Calcutta medical institutions reports 1879-81 [i.e.91]
Year: 1879
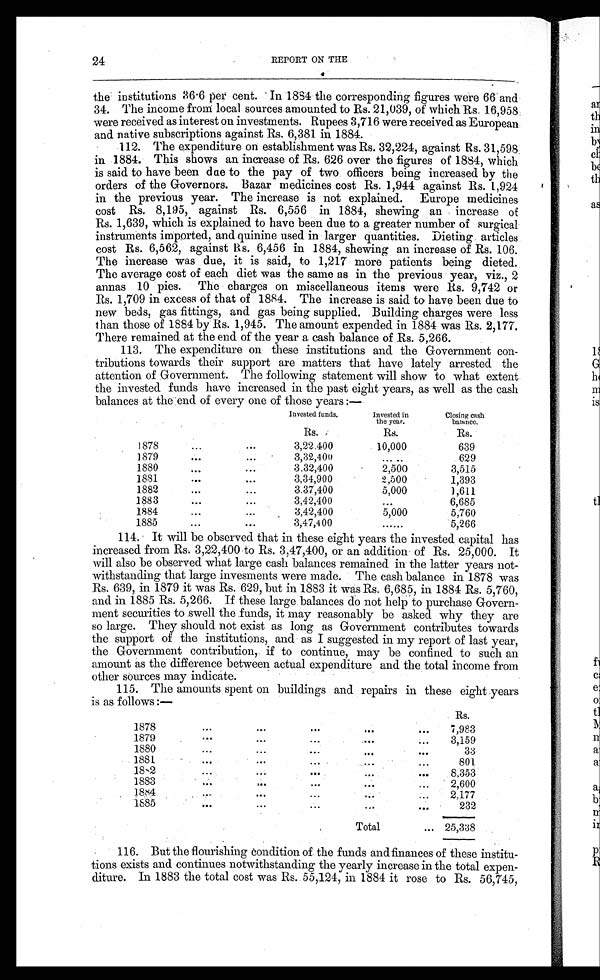
24
REPORT ON THE
the institutions 36 . 6 per cent. In 1884 the corresponding figures were 66 and
34. The income from local sources amounted to Rs. 21,039, of which Rs. 16,958
were received as interest on investments. Rupees 3,716 were received as European
and native subscriptions against Rs. 6,381 in 1884.
112. The expenditure on establishment was Rs. 32,224, against Rs. 31,598
in 1884. This shows an increase of Rs. 626 over the figures of 1884, which
is said to have been due to the pay of two officers being increased by the
orders of the Governors. Bazar medicines cost Rs. 1,944 against Rs. 1,924
in the previous year. The increase is not explained. Europe medicines
cost Rs. 8,195, against Rs. 6,556 in 1884, shewing an increase of
Rs. 1,639, which is explained to have been due to a greater number of surgical
instruments imported, and quinine used in larger quantities. Dieting articles
cost Rs. 6,562, against Rs. 6,456 in 1884, shewing an increase of Rs. 106.
The increase was due, it is said, to 1,217 more patients being dieted.
The average cost of each diet was the same as in the previous year, viz., 2
annas 10 pies. The charges on miscellaneous items were Rs. 9,742 or
Rs. 1,709 in excess of that of 1884. The increase is said to have been due to
new beds, gas fittings, and gas being supplied. Building charges were less
than those of 1884 by Rs. 1,945. The amount expended in 1884 was Rs. 2,177.
There remained at the end of the year a cash balance of Rs. 5,266.
113. The expenditure on these institutions and the Government con-
tributions towards their support are matters that have lately arrested the
attention of Government. The following statement will show to what extent
the invested funds have increased in the past eight years, as well as the cash
balances at the end of every one of those years:—
Invested funds.
Invested in
the year.
Closing cash
balance.
Rs.
Rs.
Rs.
1878 ... ...
3,22.400
10,000
639
1879 ... ...
3,32,400
. . .
629
1880 ... ...
3,32,400
2,500
3,515
1881 ... ...
3,34,900
2,500
1,393
1882 . . . ... ...
3,37,400
5,000
1,611
1883 ... ...
3,42,400
. . .
6,685
1884 ... ...
3,42,400
5,000
5,760
1885 . . . . . .
3,47,400
. . .
5,266
114. It will be observed that in these eight years the invested capital has
increased from Rs. 3,22,400 to Rs. 3,47,400, or an addition of Rs. 25,000. It
will also be observed what large cash balances remained in the latter years not-
withstanding that large invesments were made. The cash balance in 1878 was
Rs. 639, in 1879 it was Rs. 629, but in 1883 it was Rs. 6,685, in 1884 Rs. 5,760,
and in 1885 Rs. 5,266. If these large balances do not help to purchase Govern-
ment securities to swell the funds, it may reasonably be asked why they are
so large. They should not exist as long as Government contributes towards
the support of the institutions, and as I suggested in my report of last year,
the Government contribution, if to continue, may be confined to such an
amount as the difference between actual expenditure and the total income from
other sources may indicate.
115. The amounts spent on buildings and repairs in these eight years
is as follows:—
Rs.
1878 . . . . . . . . . . . . . . .
7,983
1879 . . . . . . . . . . . . . . .
3,159
1880 ... ... ... ... ...
33
1881 ... ... ... ... ...
801
1882 ... ... ... ... ...
8,353
1883 . . .
. . .
. . .
. . .
2,600
1884 ... ... ... ... ...
2,177
1885 ... ... ... ... ...
232
Total
. . .
25,338
116. But the flourishing condition of the funds and finances of these institu-
tions exists and continues notwithstanding the yearly increase in the total expen-
diture. In 1883 the total cost was Rs. 55,124, in 1884 it rose to Rs. 56,745,